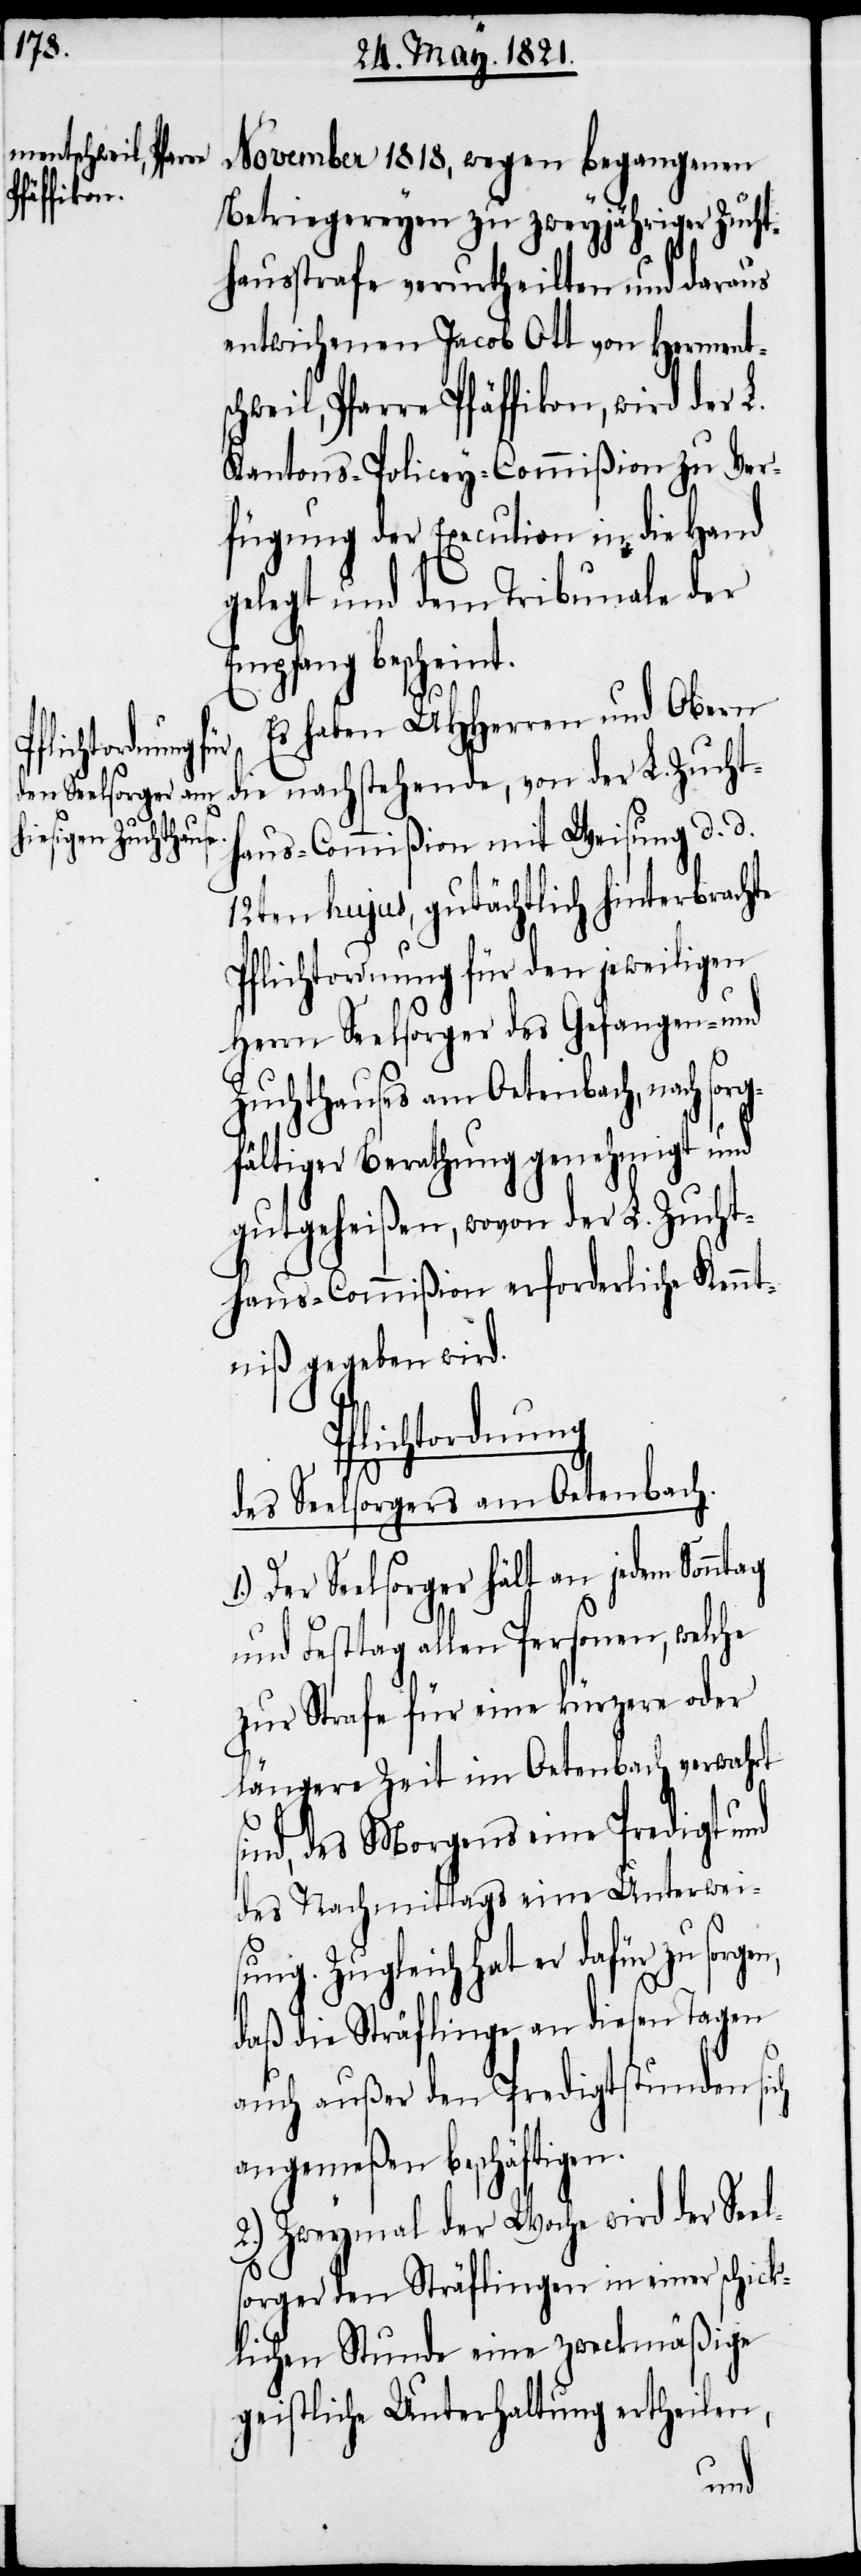
November 1818, wegen begangenen
Betriegereyen zu zweyjähriger Zucht¬
hausstrafe verurtheilten und daraus
entwichenen Jacob Ott von Herments¬
chweil, Pfarre Pfäffikon, wird der L.
Kantons-Policey-Commißion zu Ver¬
fügung der Execution in die Hand
gelegt und dem Tribunale der
Empfang bescheint.
Es haben UHHerren und Obern
die nachstehende, von der L. Zucht¬
haus-Commißion mit Weisung d. d.
12ten hujus, gutächtlich hinterbrachte
Pflichtordnung für den jeweiligen
Herrn Seelsorger des Gefangen- und
Zuchthauses am Oetenbach, nach sor¬
gfältiger Berathung genehmigt und
gutgeheißen, wovon der L. Zucht¬
haus-Commißion erforderliche Kennt¬
niß gegeben wird.
Pflichtordnung
des Seelsorgers am Oetenbach.
Der Seelsorger hält an jedem Sonntag
und Festtag allen Personen, welche
zur Strafe für eine kürzere oder
längere Zeit im Oetenbach verwahrt
sind, des Morgens eine Predigt und
des Nachmittags eine Unterwei¬
sung. Zugleich hat er dafür zu sorge¬
daß die Sträflinge an diesen Tagen
auch außer den Predigtstunden sich
angemeßen beschäftigen.
2.) Zweymal der Woche wird der See¬
lsorger den Sträflingen in einer schick¬
lichen Stunde eine zweckmäßige
geistliche Unterhaltung ertheilen,
n,